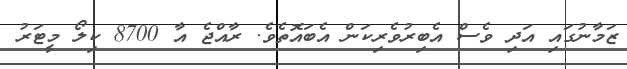
ޒަމާނުގައި އަދި ވެސް އެބިރުވެރިކަން އެބައޮތެވެ. ރާއްޖެ އާ 8700 ކިލޯ މީޓަރު